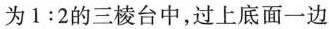
为$$1 : 2$$的三棱台中，过上底面一边